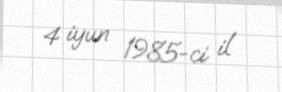
4 iyun 1985-ci il